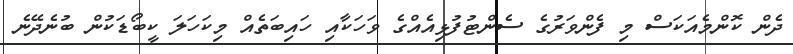
ދެން ކޮންމެއަކަސް މި ފެންވަރުގެ ސެންޓުފުޅިއެއްގެ ވަހަކާއި ހައިބަތެއް މިކަހަލަ ކީބޯޑަކުން ބުނެދޭނެ